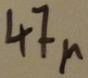
Text: 47µ